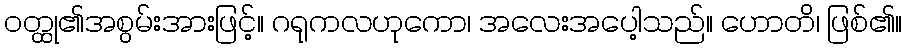
ဝတ္ထု၏အစွမ်းအားဖြင့်။ ဂရုကလဟုကော၊ အလေးအပေါ့သည်။ ဟောတိ၊ ဖြစ်၏။